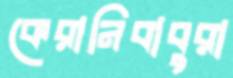
কেরানিবাবুরা